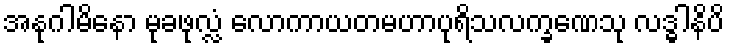
အနုဂါမိနော မုခဖုလ္လံ လောကာယတမဟာပုရိသလက္ခဏေသု လဒ္ဓါနိပိ